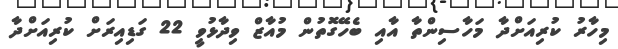
މިހާރު ކުރިއަށްދާ މަހާސިންތާ އާއި ބެހޭގޮތުން މުއާޒް ވިދާޅުވީ 22 ގަޑިއިރަށް ކުރިއަށްދާ